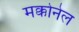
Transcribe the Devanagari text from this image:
मक्कोनेल